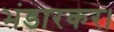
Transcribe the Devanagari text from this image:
भंडारकर।